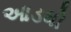
આડધો